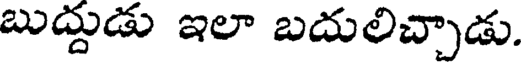
బుద్దుడు ఇలా బదులిచ్చాడు.